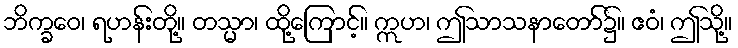
ဘိက္ခဝေ၊ ရဟန်းတို့။ တသ္မာ၊ ထို့ကြောင့်။ ဣဟ၊ ဤသာသနာတော်၌။ ဧဝံ၊ ဤသို့။